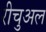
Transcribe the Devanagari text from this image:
रीचुअल